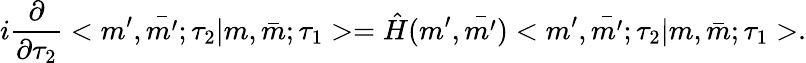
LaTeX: i\frac{\partial}{\partial\tau_{2}}<m^{\prime},\bar{m^{\prime}};\tau_{2}|m,\bar{m};\tau_{1}>=\hat{H}(m^{\prime},\bar{m^{\prime}})<m^{\prime},\bar{m^{\prime}};\tau_{2}|m,\bar{m};\tau_{1}>.